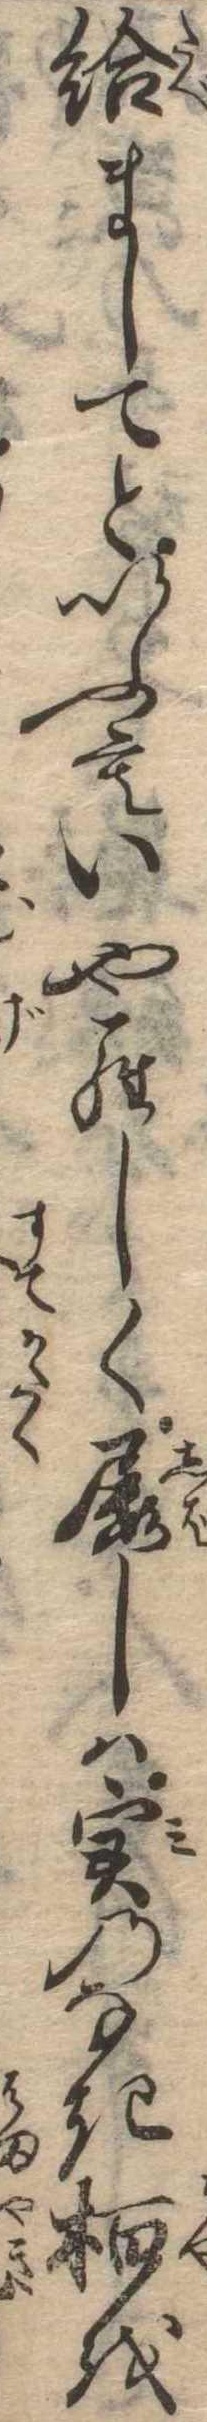
給ましてといふもいやらしく屡しは実のなき柏を